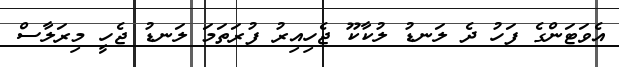
އެވަޓަންގެ ފަހު ދެ ލަނޑު ލުކާކޫ ޖެހިއިރު ފުރަތަމަ ލަނޑު ޖެހީ މިރަލާސް